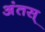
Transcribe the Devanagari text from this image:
अंतस्‌